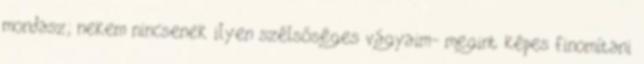
mondasz; nekem nincsenek ilyen szélsőséges vágyaim- megint képes finomítani